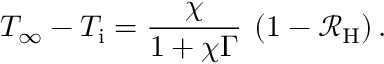
T _ { \infty } - T _ { \mathrm { i } } = \frac { \chi } { 1 + \chi \Gamma } \: \left( 1 - \mathcal { R } _ { \mathrm { H } } \right) .